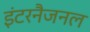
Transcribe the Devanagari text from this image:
इंटरनैजनल